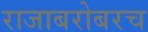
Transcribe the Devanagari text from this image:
राजाबरोबरच